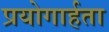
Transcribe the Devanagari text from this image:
प्रयोगार्हता